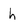
Character: h